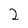
Character: 2